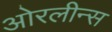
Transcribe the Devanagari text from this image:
ओरलीन्स